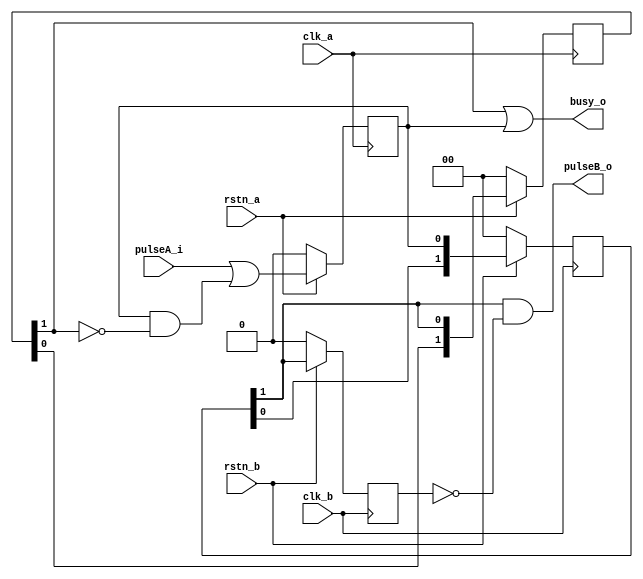
module pulse_sync (
    input clk_a,
    input rstn_a,
    input clk_b,
    input rstn_b,
    input pulseA_i,
    output wire pulseB_o,
    output wire busy_o
);

parameter STAGES = 2;

reg [STAGES-1:0] flipflops_a;
reg [STAGES-1:0] flipflops_b;

reg pulseA_regA;
wire busyB;
reg busyB_delayed;
wire busyB_syncA;

// Synchroniser at Domain-A that synchronises the busy signal generated at Domain-B
always @(posedge clk_a) begin
    if (rstn_a == 1'b0) begin
        flipflops_a <= {STAGES{1'b0}};
    end else begin
        flipflops_a <= {flipflops_a[STAGES-2:0], busyB};
    end
end

// Pulse sampler at Domain-A, converts the pulse to level based on the busy status from Domain-B
always @(posedge clk_a) begin
    if (rstn_a == 1'b0) begin
        pulseA_regA <= 1'b0;
    end else begin
        pulseA_regA <= pulseA_i | (pulseA_regA & (~busyB_syncA));
    end
end

// Synchroniser at Domain-B that synchronises the sampled pulse from Domain-A
always @(posedge clk_b) begin
    if (rstn_b == 1'b0) begin
        flipflops_b <= {STAGES{1'b0}};
        busyB_delayed <= 1'b0;
    end else begin
        flipflops_b <= {flipflops_b[STAGES-2:0], pulseA_regA};
        busyB_delayed <= flipflops_b[STAGES-1];
    end
end

// Concurrent assignments
assign busyB = flipflops_b[STAGES-1];
assign busyB_syncA = flipflops_a[STAGES-1];
assign busy_o = busyB_syncA | pulseA_regA;
assign pulseB_o = busyB & (~busyB_delayed);

endmodule